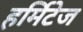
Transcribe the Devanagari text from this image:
हर्मिटेज